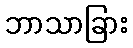
ဘာသာခြား